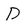
Character: D